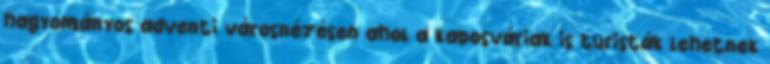
hagyományos adventi városnézésen ahol a kaposváriak is turisták lehetnek